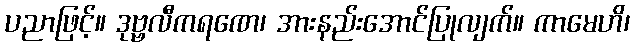
ပညာဖြင့်။ ဒုဗ္ဗလီကရဏေ၊ အားနည်းအောင်ပြုလျက်။ ကာမေဟိ၊